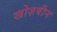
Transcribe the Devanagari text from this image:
खोज़बीन